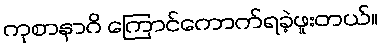
ကုစာနာဂိ ကြောင်ကောက်ရခဲ့ဖူးတယ်။